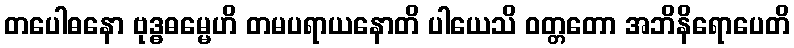
တပေါဓနော ဗုဒ္ဓဓမ္မေဟိ တမပရာယနောတိ ပါယေသိ ဝတ္တတော အဘိနိရောပေတိ